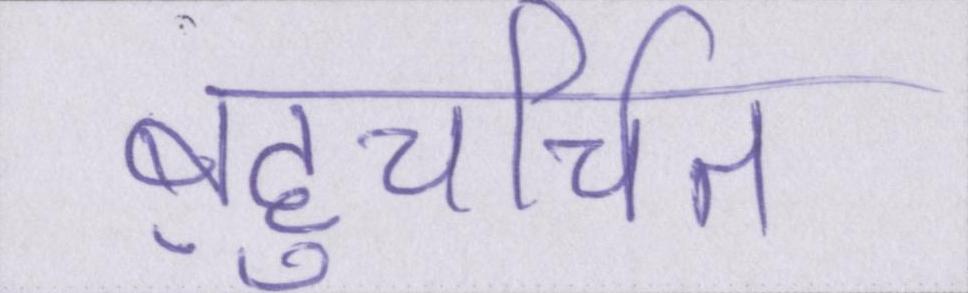
बहुचर्चित